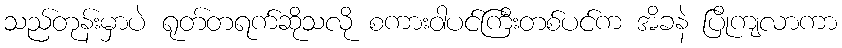
သည်တုန်းမှာပဲ ရုတ်တရက်ဆိုသလို စကားဝါပင်ကြီးတစ်ပင်က အိခနဲ ပြိုကျလာကာ